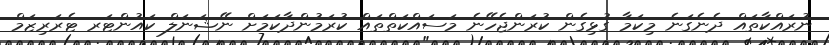
ނުރައްކާތައް ދެނެގަނެ މިކަމާ ގުޅިގެން ކުރަންޖެހޭނެ މަސައްކަތްތައް ކުރަމުންދާކަމަށް ނޭޝަނަލް ކައުންޓަރ ޓެރަރިޒަމް